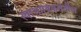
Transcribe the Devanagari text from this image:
स्वाभाविकतेतील